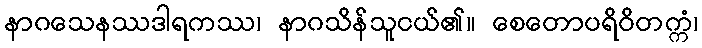
နာဂသေနဿဒါရကဿ၊ နာဂသိန်သူငယ်၏။ စေတောပရိဝိတက္ကံ၊